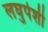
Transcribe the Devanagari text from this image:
लघुपेशी